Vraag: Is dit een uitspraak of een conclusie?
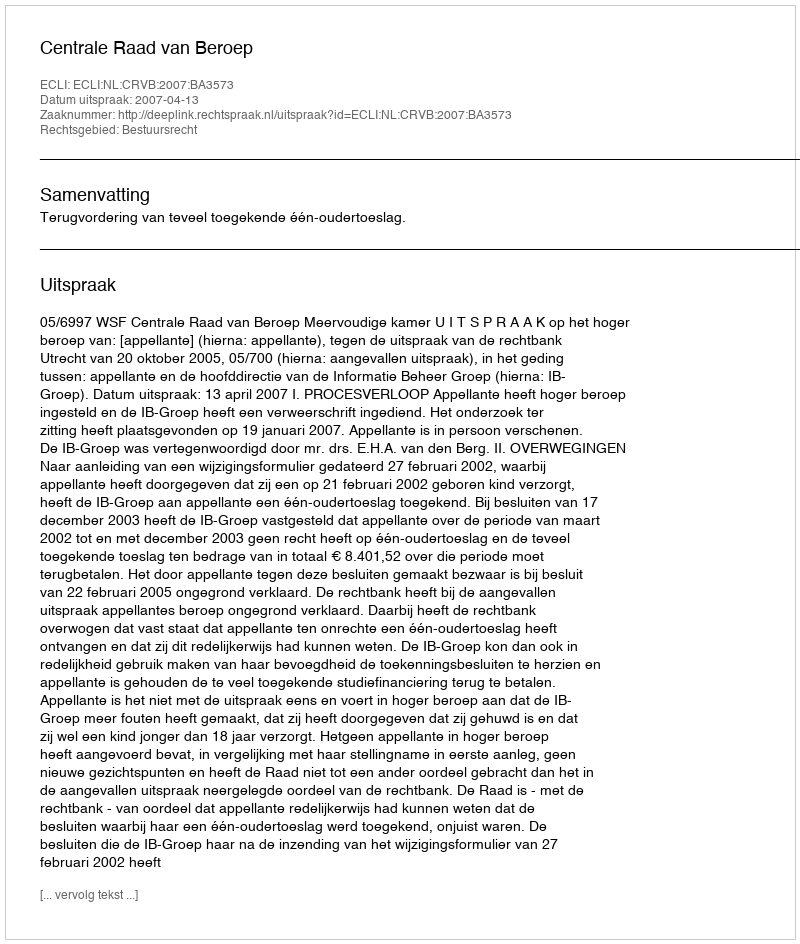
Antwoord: Uitspraak